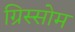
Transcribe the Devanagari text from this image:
ग्रिस्सोम